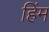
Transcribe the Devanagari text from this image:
हिंम